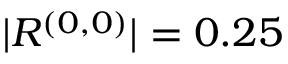
| R ^ { ( 0 , 0 ) } | = 0 . 2 5